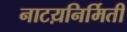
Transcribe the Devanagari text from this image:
नाटय़निर्मिती